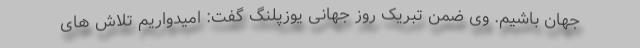
جهان باشیم. وی ضمن تبریک روز جهانی یوزپلنگ گفت: امیدواریم تلاش های